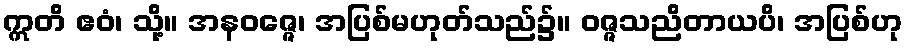
ဣတိ ဧဝံ၊ သို့။ အနဝဇ္ဇေ၊ အပြစ်မဟုတ်သည်၌။ ဝဇ္ဇသညိတာယပိ၊ အပြစ်ဟု